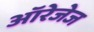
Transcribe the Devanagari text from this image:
ऑरेजेज